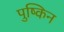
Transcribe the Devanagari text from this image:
पुष्किन